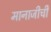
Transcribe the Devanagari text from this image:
मानाजीची